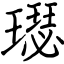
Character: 璱